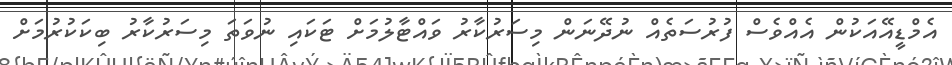
އެމްޑީއޭއަކުން އެއްވެސް ފުރުސަތެއް ނުދޭނަން މިސަރުކާރު ވައްޓާލުމަށް ޓަކައި ނުވަތަ މިސަރުކާރު ބިކަކުރުމަށް